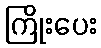
ကြိုးပေး